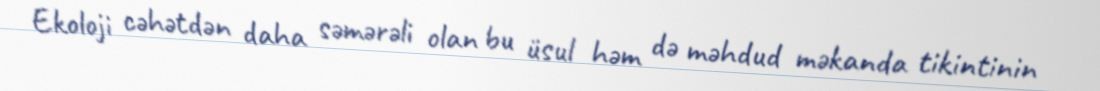
Ekoloji cəhətdən daha səmərəli olan bu üsul həm də məhdud məkanda tikintinin